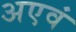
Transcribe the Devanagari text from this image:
अएवं